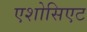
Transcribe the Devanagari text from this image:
एशोसिएट